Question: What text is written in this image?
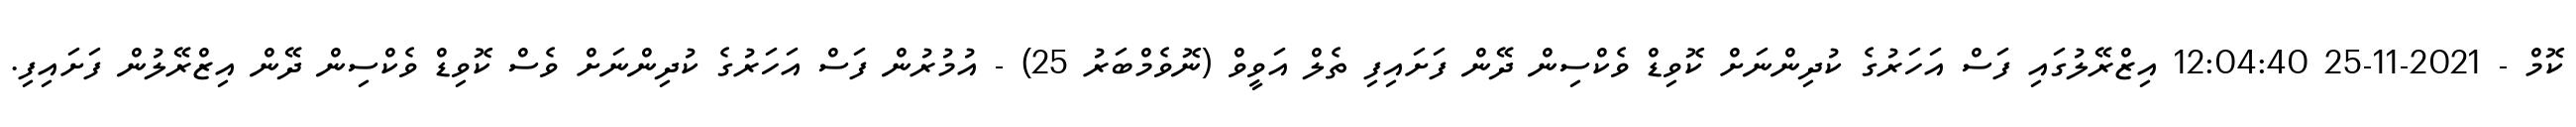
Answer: ކޮމް - 2021-11-25 12:04:40 އިޒްރޭލުގައި ފަސް އަހަރުގެ ކުދިންނަށް ކޮވިޑް ވެކްސިން ދޭން ފަށައިފި ތެލް އަވީވް (ނޮވެމްބަރު 25) - އުމުރުން ފަސް އަހަރުގެ ކުދިންނަށް ވެސް ކޮވިޑް ވެކްސިން ދޭން އިޒްރޭލުން ފަށައިފި.